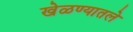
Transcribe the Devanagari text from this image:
खेळण्यातले